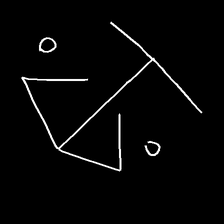
Glyph: earth